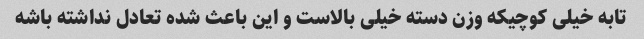
تابه خیلی کوچیکه وزن دسته خیلی بالاست و این باعث شده تعادل نداشته باشه